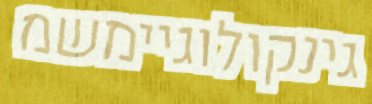
גינקולוגיימשמ